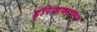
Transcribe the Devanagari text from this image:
हरियाणातला